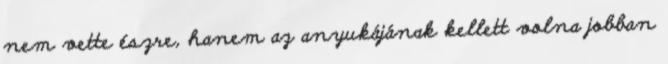
nem vette észre, hanem az anyukájának kellett volna jobban